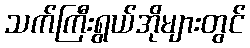
သက်ကြီးရွယ်အိုများတွင်